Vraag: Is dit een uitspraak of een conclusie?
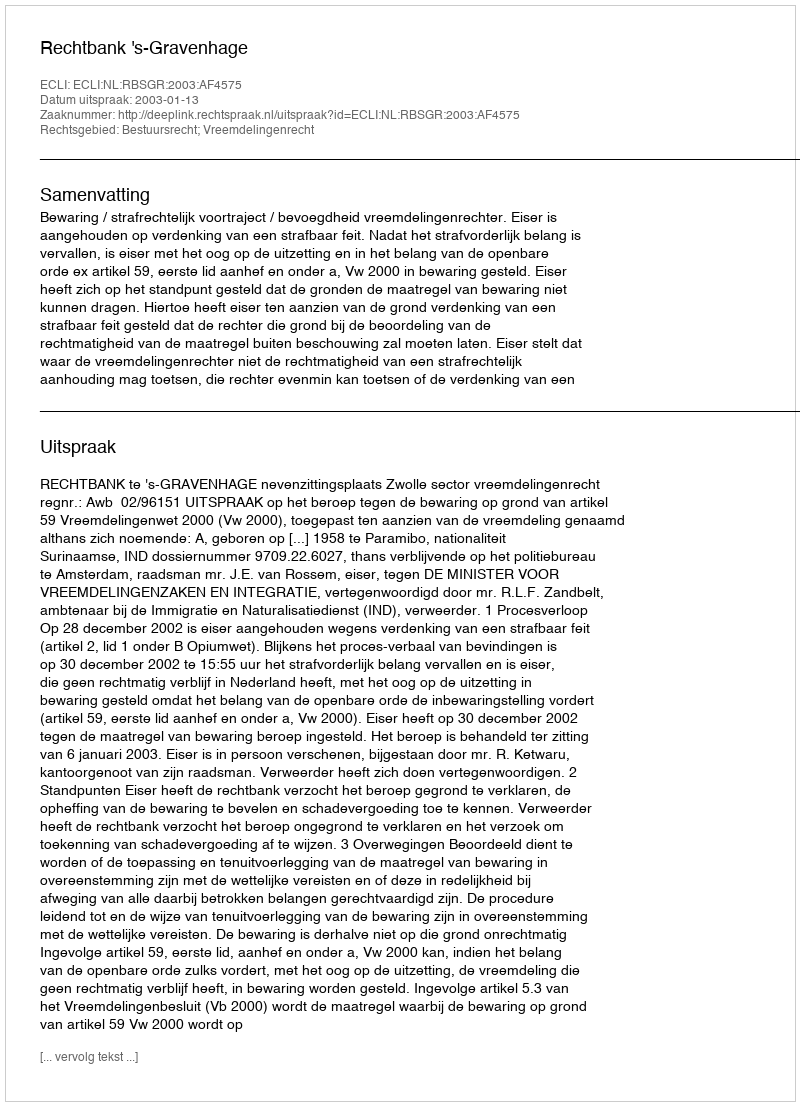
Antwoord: Uitspraak